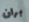
بران